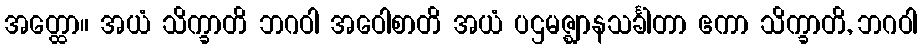
အတ္ထော။ အယံ သိက္ခာတိ ဘဂဝါ အဝေါစာတိ အယံ ပဌမဇ္ဈာနသင်္ခါတာ ဧကာ သိက္ခာတိ, ဘဂဝါ